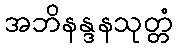
အဘိနန္ဒနသုတ္တံ